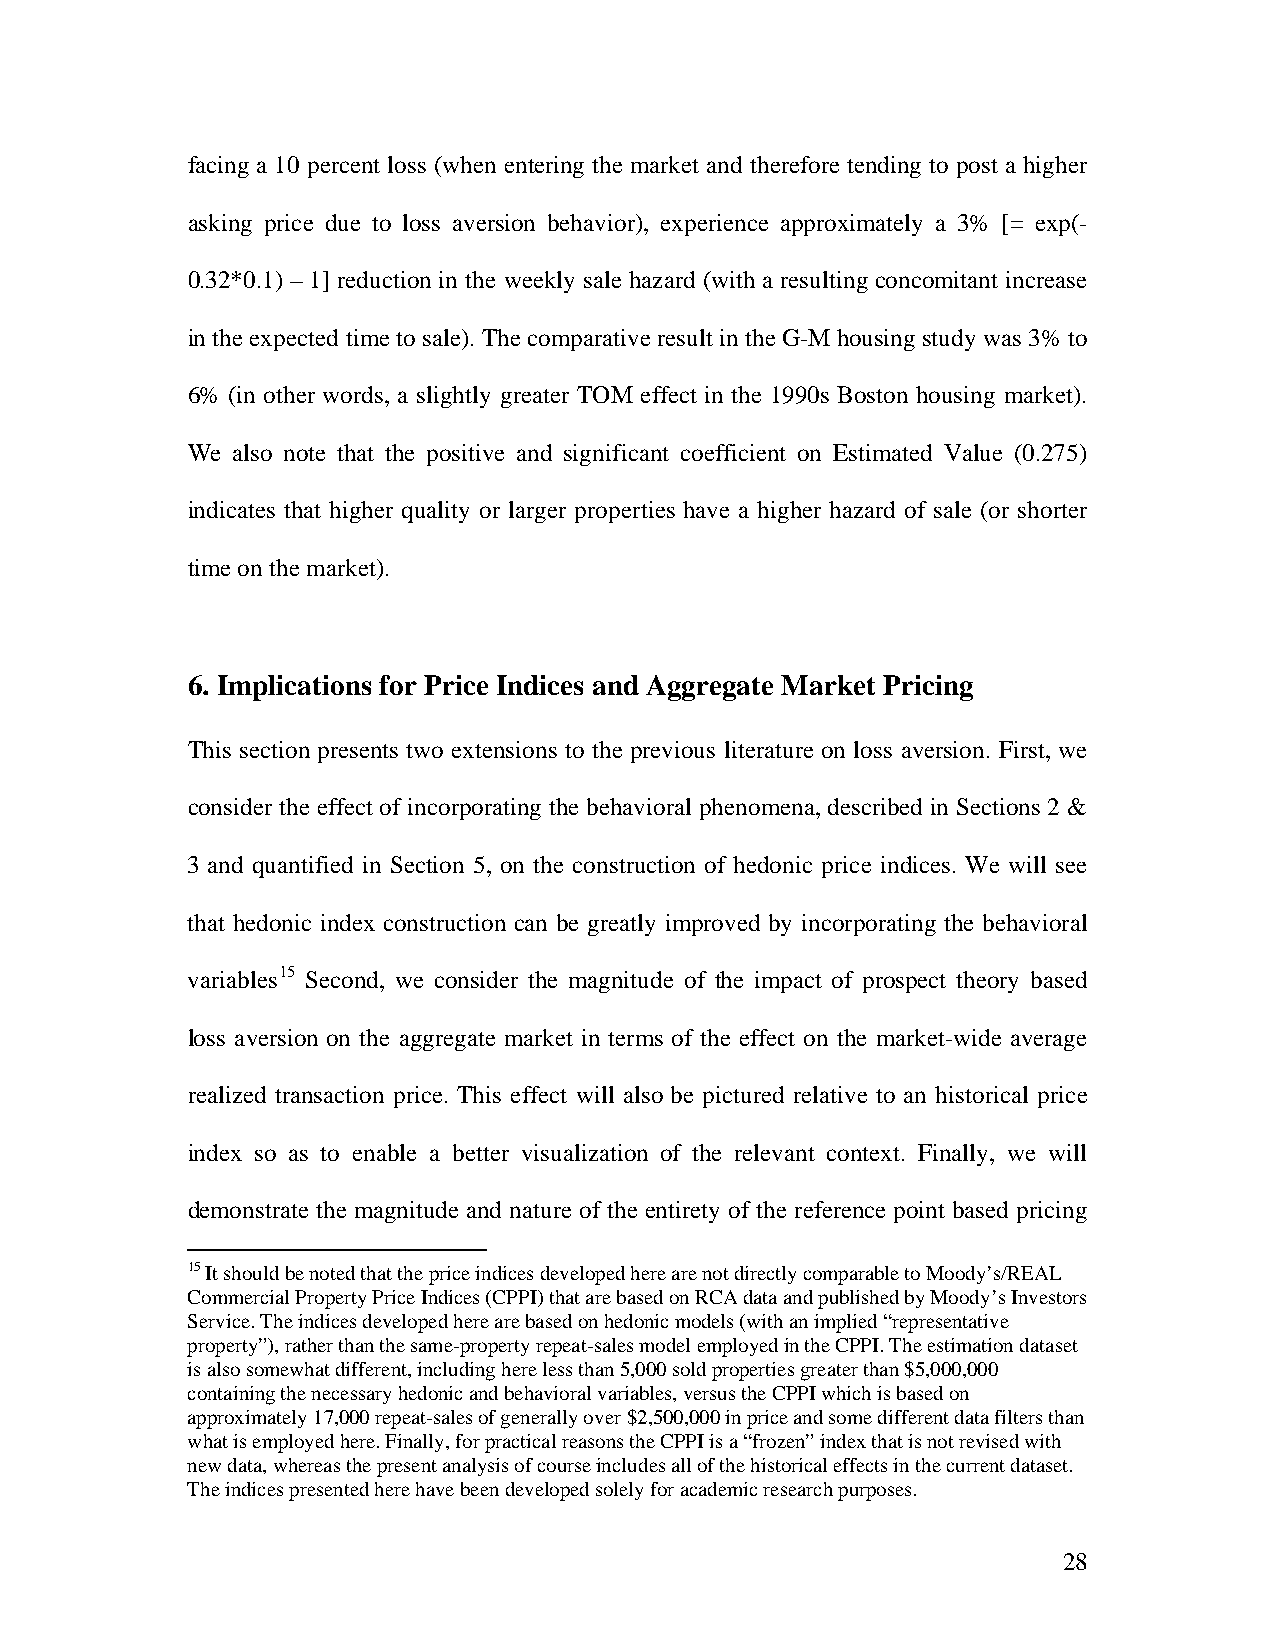
facing a 10 percent loss (when entering the market and therefore tending to post a higher
 asking price due to loss aversion behavior), experience approximately a 3% [= exp(-
 0.32*0.1) – 1] reduction in the weekly sale hazard (with a resulting concomitant increase
 in the expected time to sale). The comparative result in the G-M housing study was 3% to
 6% (in other words, a slightly greater TOM effect in the 1990s Boston housing market).
 We also note that the positive and significant coefficient on Estimated Value (0.275)
 indicates that higher quality or larger properties have a higher hazard of sale (or shorter
 time on the market).
 6. Implications for Price Indices and Aggregate Market Pricing
 This section presents two extensions to the previous literature on loss aversion. First, we
 consider the effect of incorporating the behavioral phenomena, described in Sections 2 &
 3 and quantified in Section 5, on the construction of hedonic price indices. We will see
 that hedonic index construction can be greatly improved by incorporating the behavioral
 variables15 Second, we consider the magnitude of the impact of prospect theory based
 loss aversion on the aggregate market in terms of the effect on the market-wide average
 realized transaction price. This effect will also be pictured relative to an historical price
 index so as to enable a better visualization of the relevant context. Finally, we will
 demonstrate the magnitude and nature of the entirety of the reference point based pricing
 15 It should be noted that the price indices developed here are not directly comparable to Moody’s/REAL
 Commercial Property Price Indices (CPPI) that are based on RCA data and published by Moody’s Investors
 Service. The indices developed here are based on hedonic models (with an implied “representative
 property”), rather than the same-property repeat-sales model employed in the CPPI. The estimation dataset
 is also somewhat different, including here less than 5,000 sold properties greater than $5,000,000
 containing the necessary hedonic and behavioral variables, versus the CPPI which is based on
 approximately 17,000 repeat-sales of generally over $2,500,000 in price and some different data filters than
 what is employed here. Finally, for practical reasons the CPPI is a “frozen” index that is not revised with
 new data, whereas the present analysis of course includes all of the historical effects in the current dataset.
 The indices presented here have been developed solely for academic research purposes.
 28